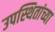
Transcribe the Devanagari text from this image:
उपस्थितांच्या